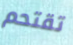
تقتحم